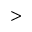
>